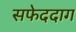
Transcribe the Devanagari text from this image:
सफेददाग